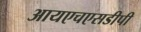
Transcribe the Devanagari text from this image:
आयएचएसडीपी